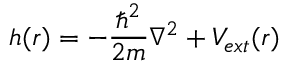
h ( r ) = - \frac { \hbar ^ { 2 } } { 2 m } \nabla ^ { 2 } + V _ { e x t } ( r )